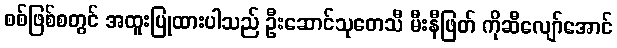
စစ်ဖြစ်စတွင် အထူးပြုထားပါသည် ဦးဆောင်သုတေသီ မီးနီဖြတ် ကိုဆီလျော်အောင်